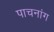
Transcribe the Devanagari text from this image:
पाचनांग